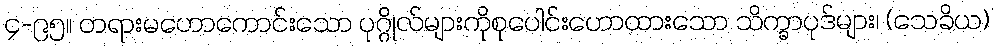
၄-၉၅။ တရားမဟောကောင်းသော ပုဂ္ဂိုလ်များကိုစုပေါင်းဟောထားသော သိက္ခာပုဒ်များ၊ (သေခိယ)